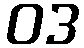
ဝဒ